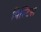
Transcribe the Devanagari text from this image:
पिस्टिस